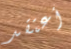
أعتقد